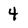
Character: 4